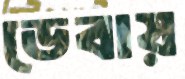
ডেবায়